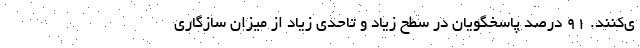
ی‌کنند. ۹۱ درصد پاسخگویان در سطح زیاد و تاحدی زیاد از میزان سازگاری